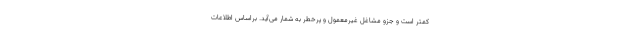
کمتر است و جزو مشاغل غیرمعمول و پرخطر به شمار می‌آید. براساس اطلاعات